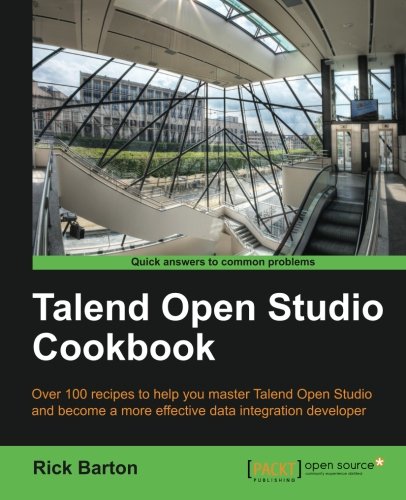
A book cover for Talend Open Studio Cookbook; Rick Daniel Barton; Computers & Technology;